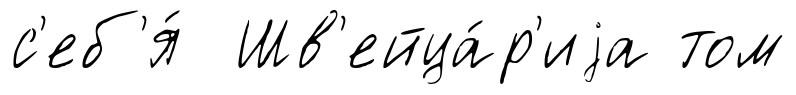
с'еб'я́ Шв'ейца́р'иjа том